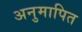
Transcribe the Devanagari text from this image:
अनुमापित